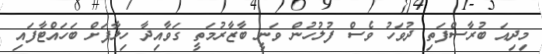
މިދިއަ ބުރާސްފަތި ދުވަހު ވެސް ފުލުހުން ވަނީ ބާޒާރުމަތީ ގަވާއިދާ ހިލާފަށް ބަހައްޓާފައި